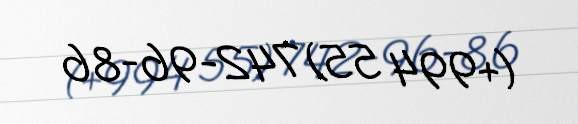
(+994 55) 742-96-86